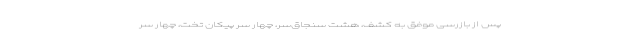
پس از بازرسی موفق به کشف، هشت سنجاق‌سر، چهار سر پیکان تخت، چهار سر